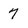
Character: 7